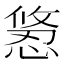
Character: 𭞂